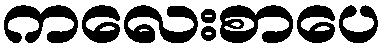
ကလေးစာပေ